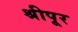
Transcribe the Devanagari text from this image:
श्रीपूर